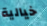
خيالية